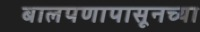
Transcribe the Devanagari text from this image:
बालपणापासूनच्या